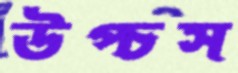
উপ্‌চস